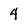
Character: 4